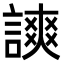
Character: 𧫗